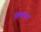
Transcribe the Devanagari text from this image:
लिंकनला